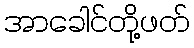
အာခေါင်တို့ဖတ်